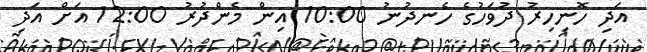
އަދި ހޮނިހިރު ދުވަހުގެ ހެނދުނު 10:00 އިން މެންދުރު 12:00 އަށް އަދި